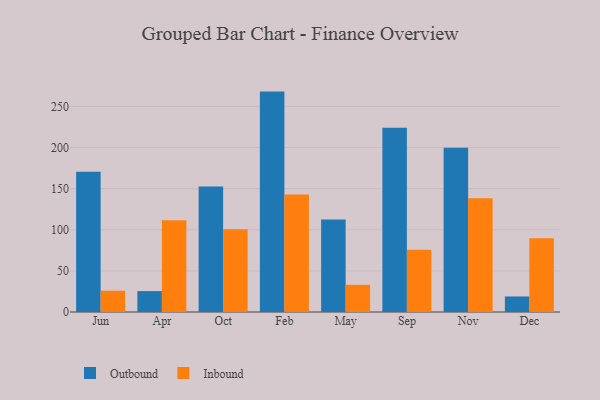
{"axis": {"x": "Month", "y": "Website Visitors"}, "legend": ["Inbound", "Outbound"], "data": [{"x": "Jun", "y": 170.4, "type": "Outbound"}, {"x": "Jun", "y": 25.9, "type": "Inbound"}, {"x": "Apr", "y": 25.4, "type": "Outbound"}, {"x": "Apr", "y": 111.7, "type": "Inbound"}, {"x": "Oct", "y": 152.6, "type": "Outbound"}, {"x": "Oct", "y": 100.5, "type": "Inbound"}, {"x": "Feb", "y": 268.0, "type": "Outbound"}, {"x": "Feb", "y": 142.9, "type": "Inbound"}, {"x": "May", "y": 112.5, "type": "Outbound"}, {"x": "May", "y": 33.1, "type": "Inbound"}, {"x": "Sep", "y": 224.0, "type": "Outbound"}, {"x": "Sep", "y": 75.8, "type": "Inbound"}, {"x": "Nov", "y": 199.8, "type": "Outbound"}, {"x": "Nov", "y": 138.2, "type": "Inbound"}, {"x": "Dec", "y": 18.9, "type": "Outbound"}, {"x": "Dec", "y": 89.7, "type": "Inbound"}]}